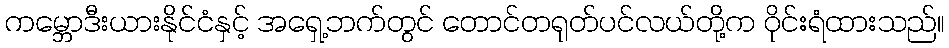
ကမ္ဘောဒီးယားနိုင်ငံနှင့် အရှေ့ဘက်တွင် တောင်တရုတ်ပင်လယ်တို့က ဝိုင်းရံထားသည်။